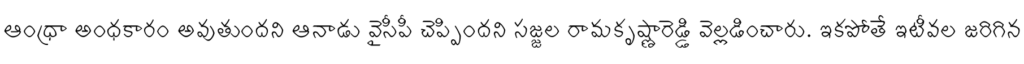
ఆంధ్రా అంధకారం అవుతుందని ఆనాడు వైసీపీ చెప్పిందని సజ్జల రామకృష్ణారెడ్డి వెల్లడించారు. ఇకపోతే ఇటీవల జరిగిన